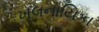
ખલનાયિકા